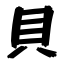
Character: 貝